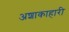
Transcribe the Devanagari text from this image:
अशाकाहारी